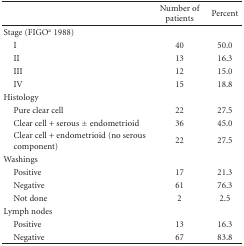
<table><thead><tr><td></td><td><b>Number of patients</b></td><td><b>Percent</b></td></tr></thead><tbody><tr><td>Stage (FIGO<sup>a</sup> 1988)</td><td></td><td></td></tr><tr><td> I</td><td>40</td><td>50.0</td></tr><tr><td> II</td><td>13</td><td>16.3</td></tr><tr><td> III</td><td>12</td><td>15.0</td></tr><tr><td> IV</td><td>15</td><td>18.8</td></tr><tr><td>Histology</td><td></td><td></td></tr><tr><td> Pure clear cell</td><td>22</td><td>27.5</td></tr><tr><td> Clear cell + serous ± endometrioid</td><td>36</td><td>45.0</td></tr><tr><td> Clear cell + endometrioid (no serouscomponent)</td><td>22</td><td>27.5</td></tr><tr><td>Washings</td><td></td><td></td></tr><tr><td> Positive</td><td>17</td><td>21.3</td></tr><tr><td> Negative</td><td>61</td><td>76.3</td></tr><tr><td> Not done</td><td>2</td><td>2.5</td></tr><tr><td>Lymph nodes</td><td></td><td></td></tr><tr><td> Positive</td><td>13</td><td>16.3</td></tr><tr><td> Negative</td><td>67</td><td>83.8</td></tr></tbody></table>